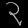
Digit: ၃